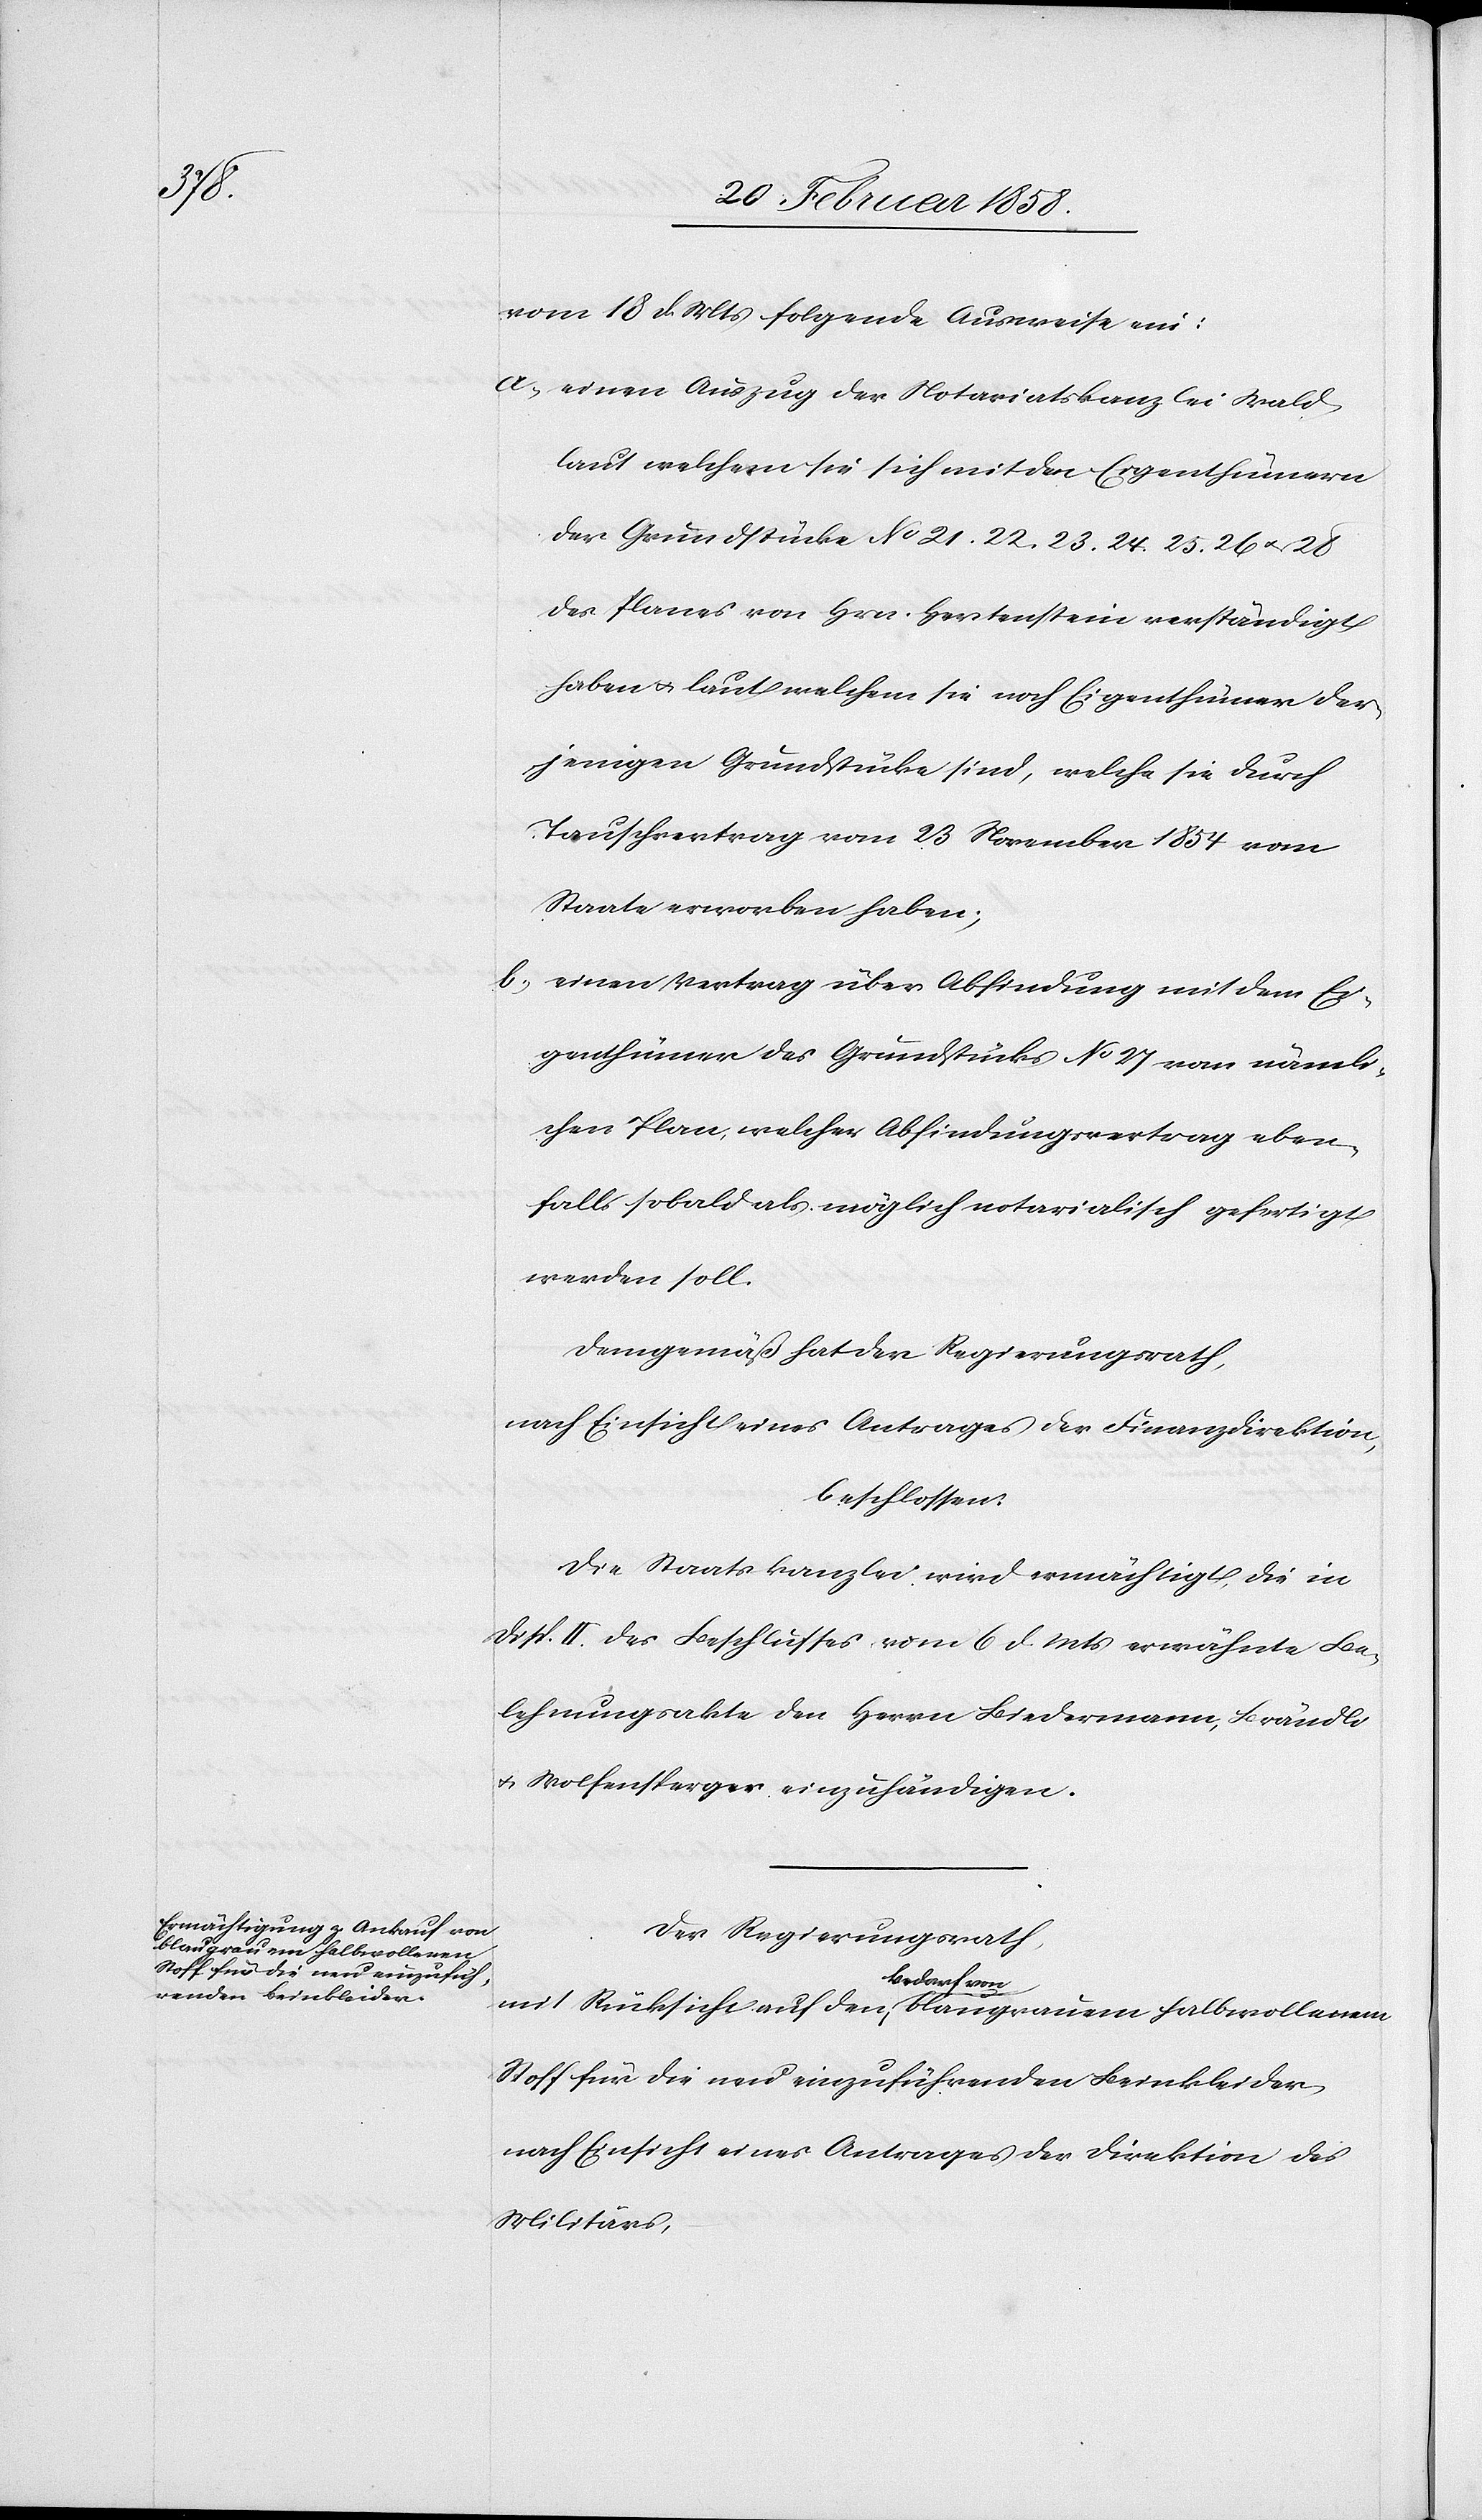
vom 18 d. Mts folgende Ausweise ein:
a. einen Auszug der Notariatskanzlei Wald
laut welchem sie sich mit den Eigenthümern
der Grundstücke No 21. 22. 23. 24. 25. 26 u. 28
des Planes von Hrn. Herstenstein verständigt
haben u. laut welchem sie noch Eigenthümer der¬
jenigen Grundstücke sind, welche sie durch
Tauschvertrag vom 23 November 1854 vom
Staate erworben haben;
b. einen Vertrag über Abfindung mit dem Ei¬
genthümer des Grundstücks No 27 vom nämli¬
chen Plan, welcher Abfindungsvertrag eben¬
falls sobald als möglich notarialisch gefertigt
werden soll.
Demgemäß hat der Regierungsrath,
nach Einsicht eines Antrages der Finanzdirektion,
beschlossen:
Die Staatskanzlei wird ermächtigt, die in
Disp. II. des Beschlusses vom 6 d. Mts erwähnte Be¬
lehnungsakte den Herrn Biedermann, Brändli
u. Wolfensperger einzuhändigen.
Der Regierungsrath,
mit Rücksicht auf den Bedarf von blaugrauem halbwollenem
Stoff für die neu einzuführenden Beinkleider
nach Einsicht eines Antrages der Direktion des
Militärs,